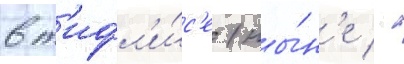
в т'ифл'и́с'е (ны́н'е -